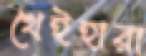
খেইহারা